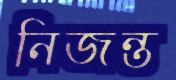
নিজন্ত